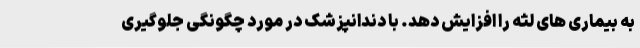
به بیماری های لثه را افزایش دهد. با دندانپزشک در مورد چگونگی جلوگیری